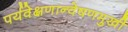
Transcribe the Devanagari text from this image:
पर्यवेक्षणान्वेषणमुखी